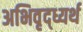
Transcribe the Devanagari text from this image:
अभिवृद्ध्यर्थ